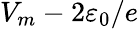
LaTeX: V_{m}-2\varepsilon_{0}/e